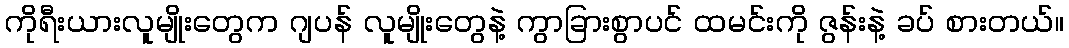
ကိုရီးယားလူမျိုးတွေက ဂျပန် လူမျိုးတွေနဲ့ ကွာခြားစွာပင် ထမင်းကို ဇွန်းနဲ့ ခပ် စားတယ်။